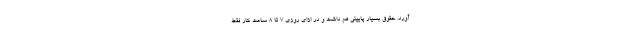
‌آورد. حقوق بسیار پایینی هم داشت و در ازای روزی ۷ تا ۸ ساعت کار فقط